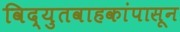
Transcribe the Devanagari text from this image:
विद्युतवाहकांपासून